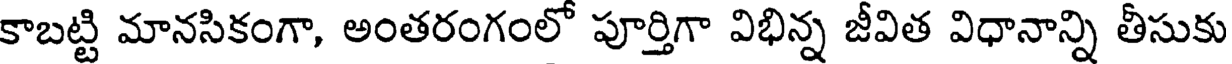
కాబట్టి మానసికంగా, అంతరంగంలో పూర్తిగా విభిన్న జీవిత విధానాన్ని తీసుకు